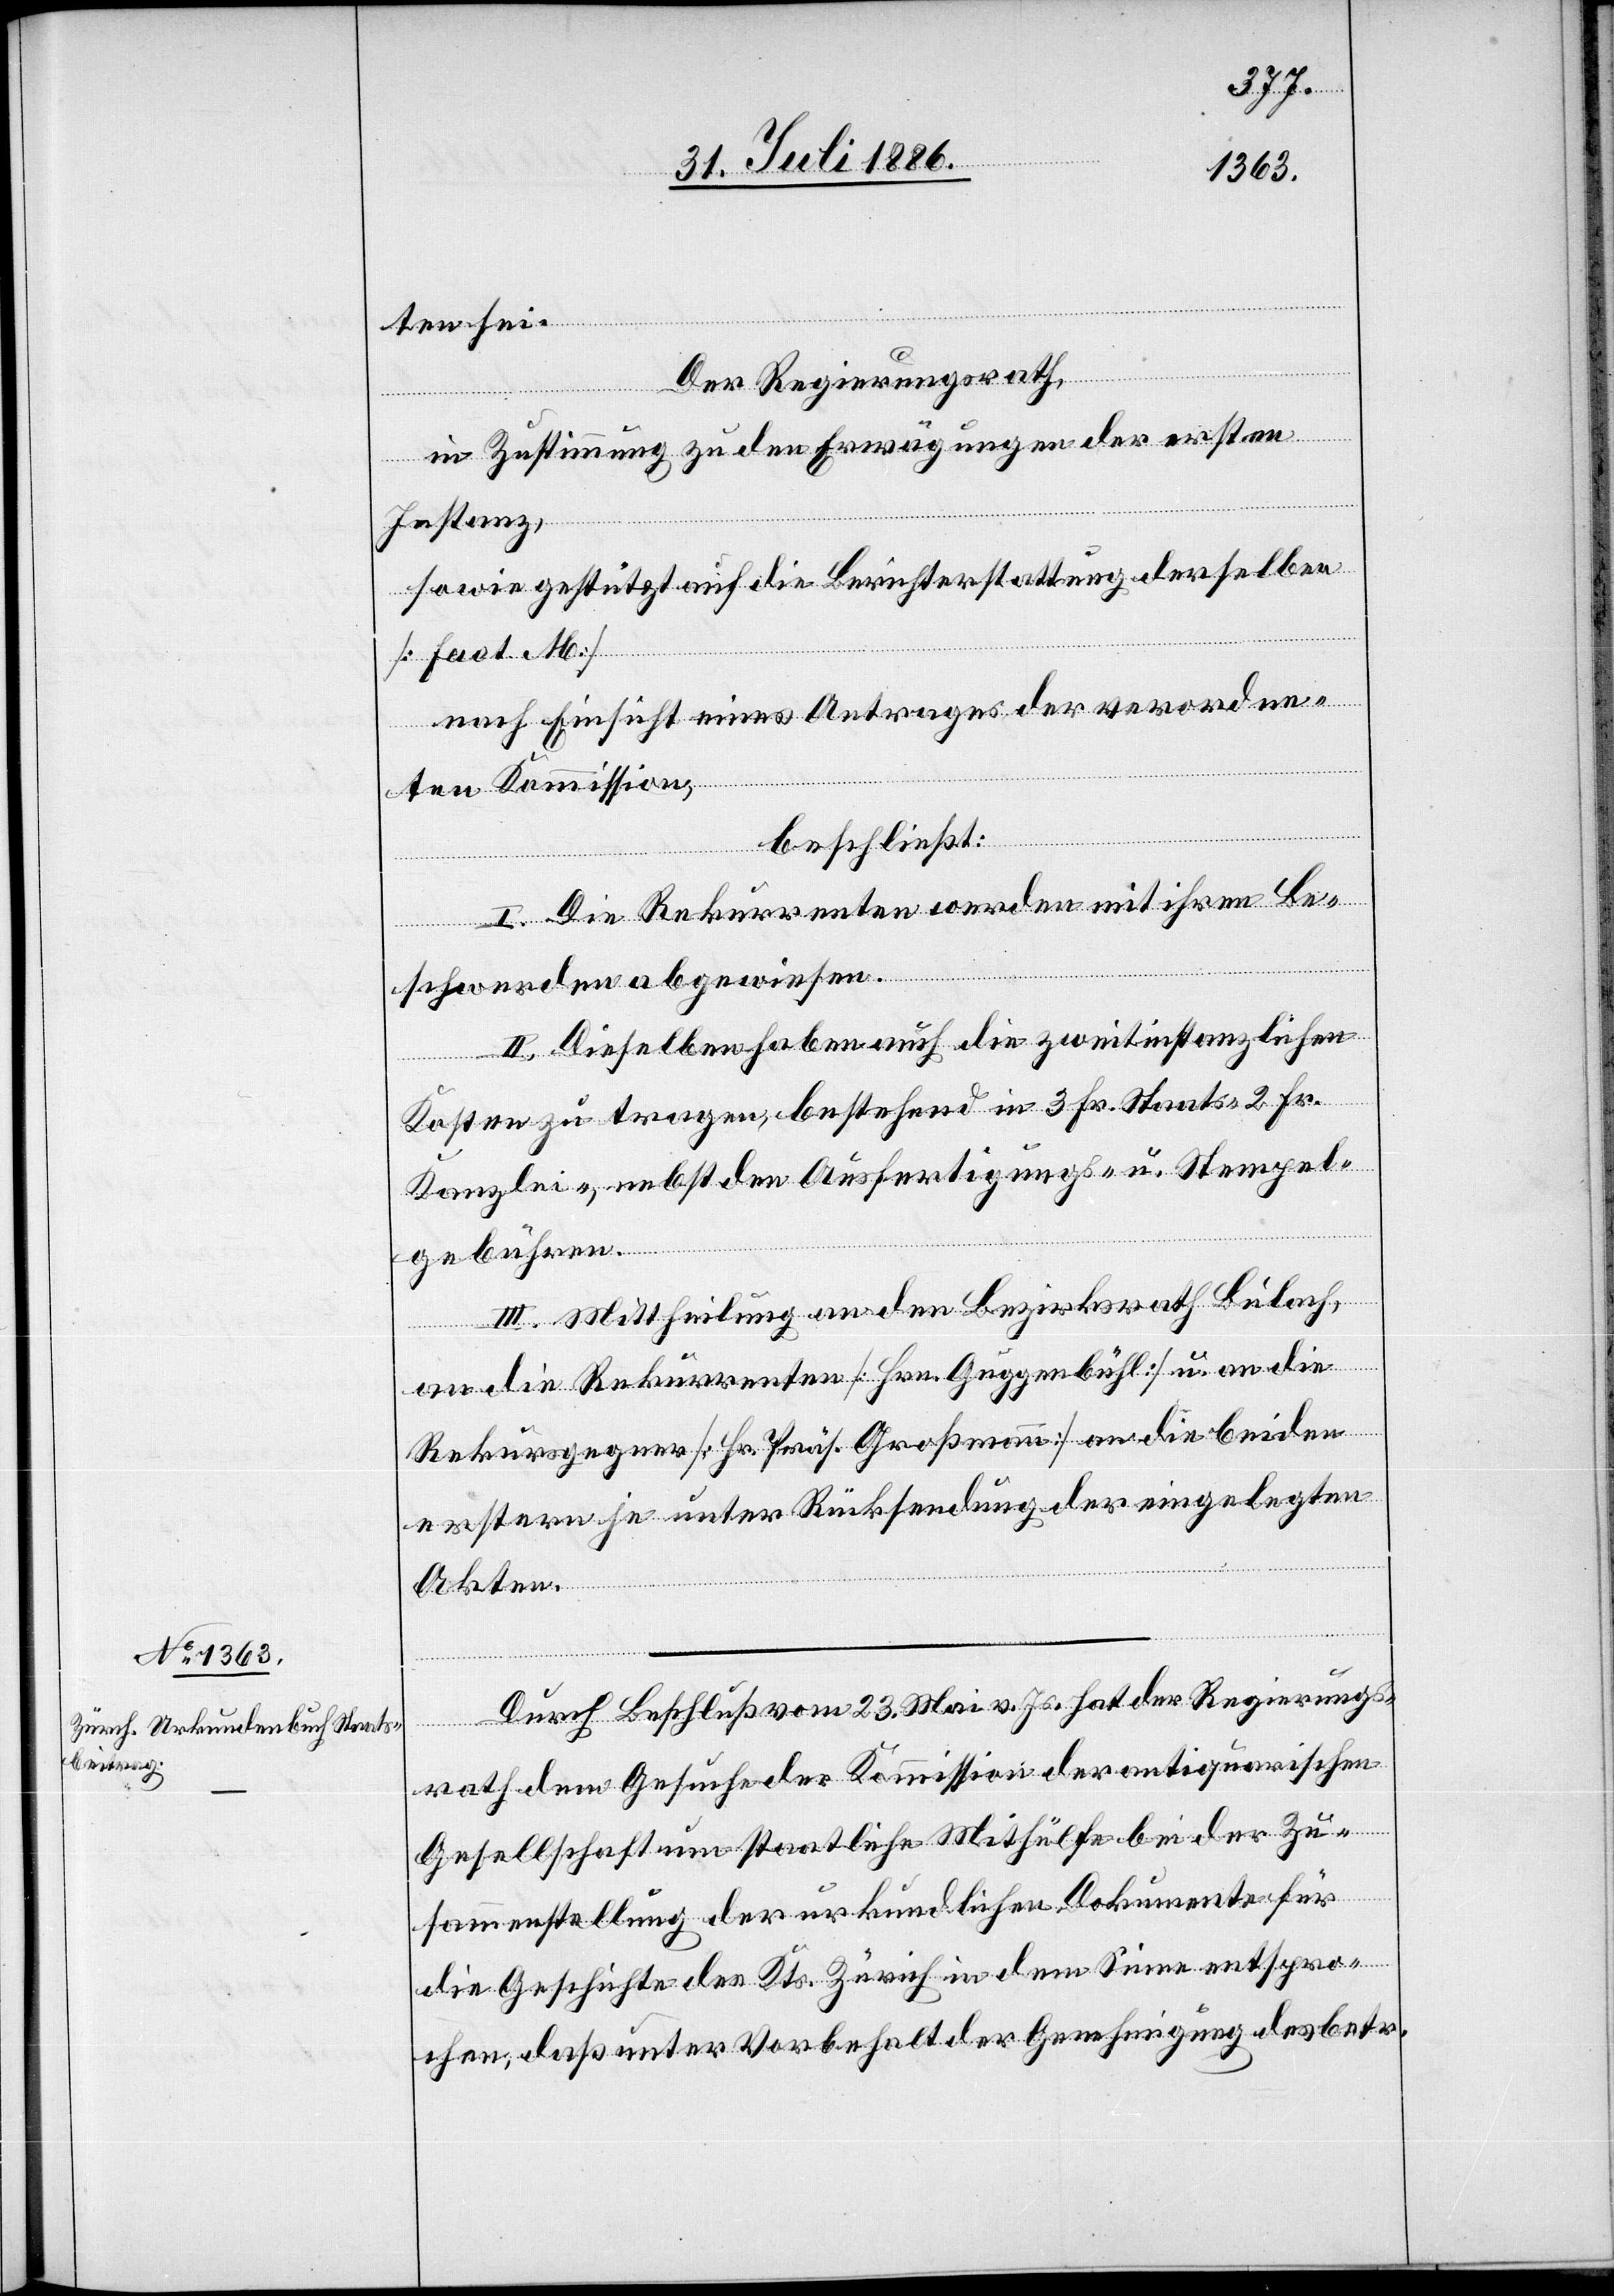
ten sei.
Der Regierungsrath,
in Zustimmung zu den Erwägungen der ersten
Instanz,
sowie gestützt auf die Berichterstattung derselben
nach Einsicht eines Antrages der verordne¬
ten Kommission,
beschließt:
I. Die Rekurrenten werden mit ihren Be¬
schwerden abgewiesen.
II. Dieselben haben auch die zweitinstanzlichen
Kosten zu tragen, bestehend in 3 Fr. Staats-, 2 Fr.
Kanzlei-, nebst den Ausfertigungs- u. Stempel¬
gebühren.
III. Mittheilung an den Bezirksrath Bülach,
[Fact.
an die Rekurrenten [Hrn. Guggenbühl] u. an die
Rekursgegner [Hr. Präs. Großmann] an die beiden
erstern je unter Rücksendung der eingelegten
Akten.
Durch Beschluß vom 23. Mai v. Js. hat der Regierungs¬
rath dem Gesuche der Kommission der antiquarischen
Gesellschaft um staatliche Mithülfe bei der Zu¬
sammenstellung der urkundlichen Dokumente für
die Geschichte des Kts. Zürich in dem Sinne entspro¬
chen, daß unter Vorbehalt der Genehmigung des betr.